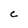
Character: C